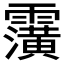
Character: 𮦹